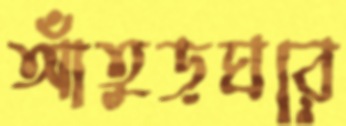
আঁতুড়ঘরে